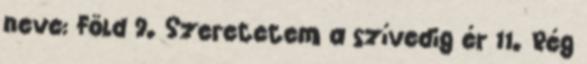
neve: Föld 9. Szeretetem a szívedig ér 11. Rég